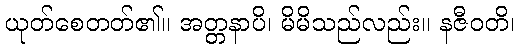
ယုတ်စေတတ်၏။ အတ္တနာပိ၊ မိမိသည်လည်း။ နဇီဝတိ၊